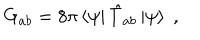
G _ { a b } = 8 \pi \left< \psi \right| \hat { T } _ { a b } \left| \psi \right> \; ,